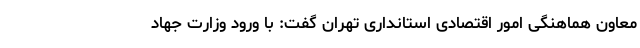
معاون هماهنگی امور اقتصادی استانداری تهران گفت: با ورود وزارت جهاد